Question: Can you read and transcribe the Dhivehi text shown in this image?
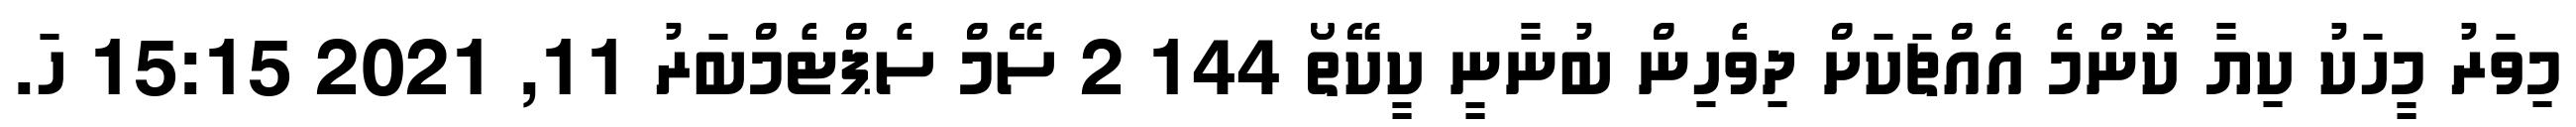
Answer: މިވަރު މީހަކު ކިޔާ ކޮންމެ އެއްޗަކަށް ދިވެހިން ބުނާނީ ކީކޭތޯ 144 2 ސޭމް ސެޕްޓެމްބަރު 11, 2021 15:15 ހަ.